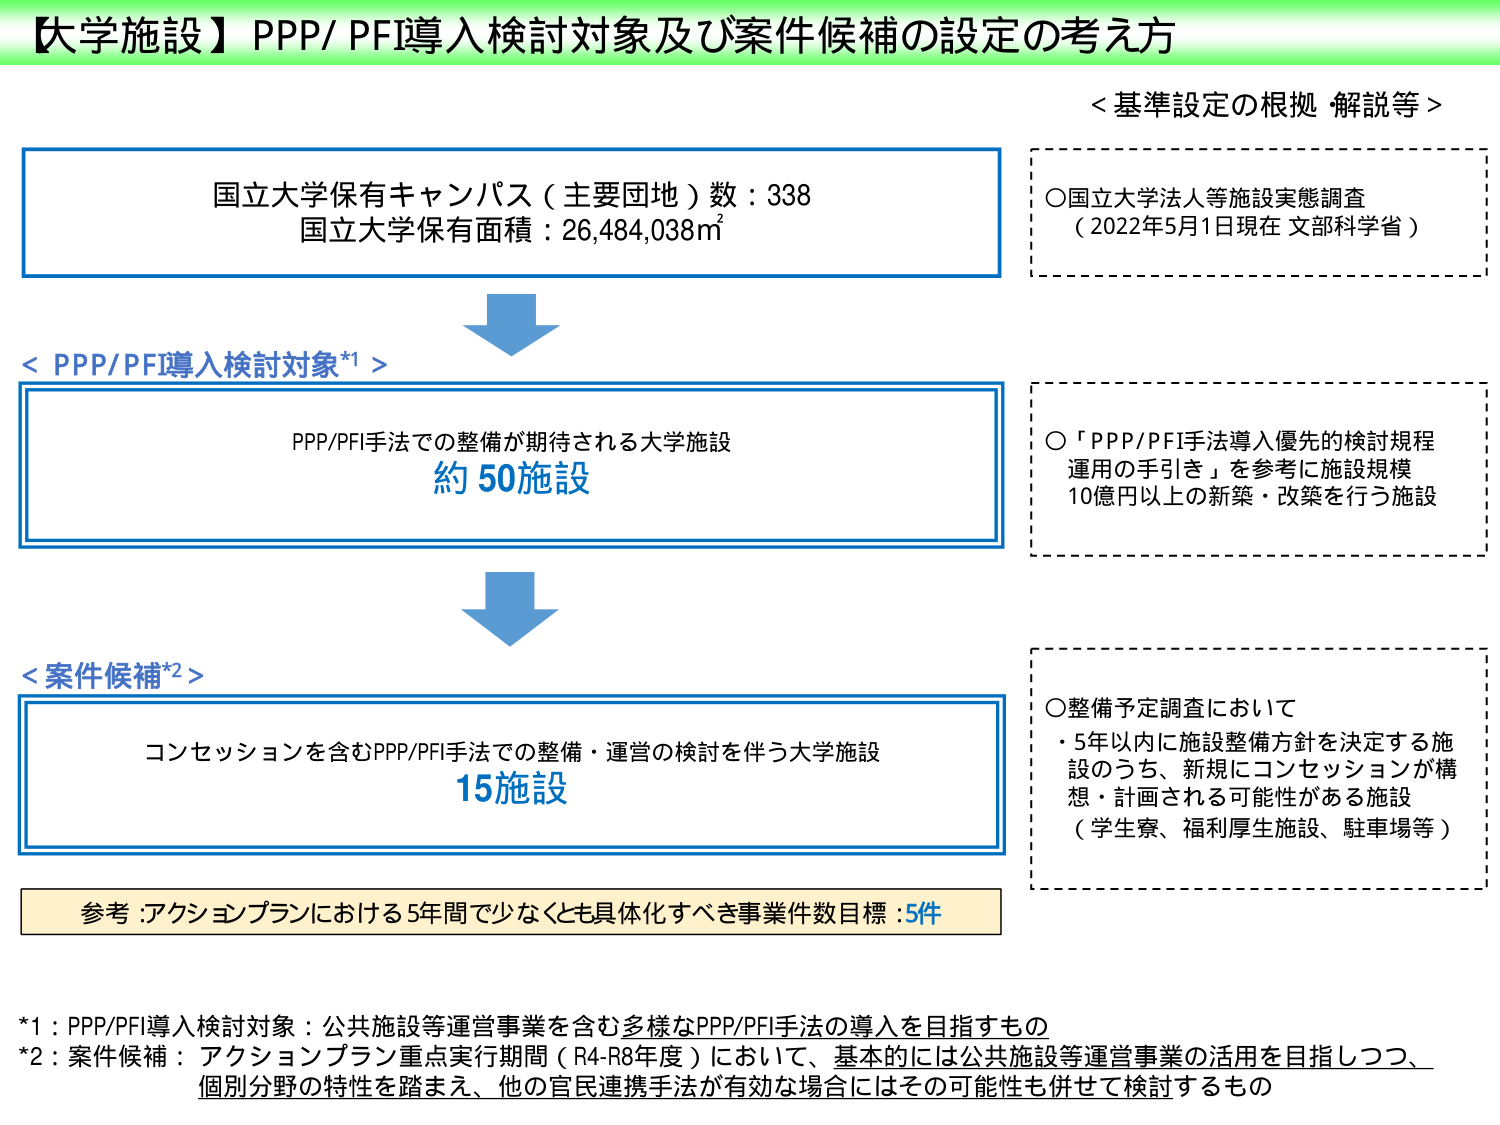
【大学施設】PPP/ PFI導入検討対象及び案件候補の設定の考え方

国立大学保有キャンパス（主要団地）数：338
国立大学保有面積：26,484,038㎡

＜基準設定の根拠 解説等＞
○国立大学法人等施設実態調査
（2022年5月1日現在 文部科学省）

＜PPP/PFI導入検討対象*1＞
PPP/PFI手法での整備が期待される大学施設
約50施設

○「PPP/PFI手法導入優先の検討規程 運用の手引き」を参考に施設規模
10億円以上的新築・改築を行う施設

＜案件候補*2＞
コンセッションを含むPPP/PFI手法での整備・運営の検討を伴う大学施設
15施設

○整備予定調査において
・5年以内に施設整備方針を決定する施設のうち、新規にコンセッションが構想・計画される可能性がある施設
（学生寮、福利厚生施設、駐車場等）

参考：アクションプランにおける5年間で少なくとも具体化すべき事業件数目標：5件

*1：PPP/PFI導入検討対象：公共施設等運営事業を含む多様なPPP/PFI手法の導入を目指すもの
*2：案件候補：アクションプラン重点実行期間（R4-R8年度）において、基本的には公共施設等運営事業の活用を目指しつつ、個別分野の特性を踏まえ、他の官民連携手法が有効な場合にはその可能性も併せて検討するもの